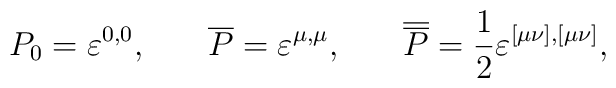
P_0=\varepsilon ^{0,0},\hspace{0.3in}\overline{P}=\varepsilon^{\mu ,\mu }, \hspace{0.3in}\overline{\overline{P}}=\frac12\varepsilon ^{[\mu \nu ],[\mu \nu ]},